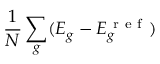
\frac { 1 } { N } \sum _ { g } ( E _ { g } - E _ { g } ^ { \mathrm { ~ r ~ e ~ f ~ } } )